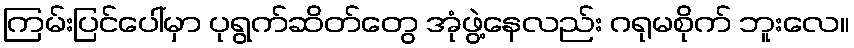
ကြမ်းပြင်ပေါ်မှာ ပုရွက်ဆိတ်တွေ အုံဖွဲ့နေလည်း ဂရုမစိုက် ဘူးလေ။